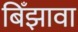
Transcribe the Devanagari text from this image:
बिँझावा